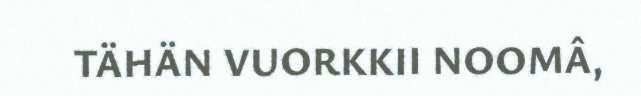
TÄHÄN VUORKKII NOOMÂ,